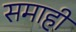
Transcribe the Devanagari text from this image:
समाही